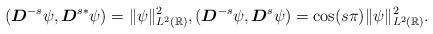
LaTeX: \begin{align*} (\boldsymbol{D}^{-s}\psi, \boldsymbol{D}^{s*}\psi)=\|\psi\|^2_{L^2(\mathbb{R})},(\boldsymbol{D}^{-s}\psi, \boldsymbol{D}^{s}\psi)=\cos(s\pi)\|\psi\|^2_{L^2(\mathbb{R})}. \end{align*}